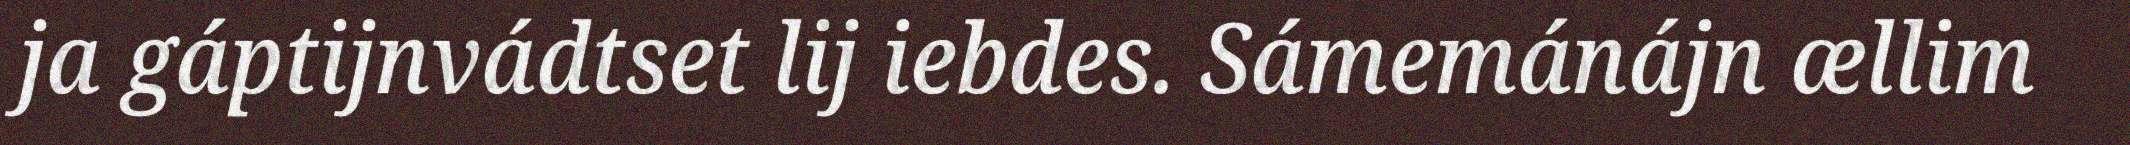
ja gáptijnvádtset lij iebdes. Sámemánájn ællim